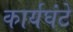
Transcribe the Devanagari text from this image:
कार्यघंटे